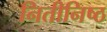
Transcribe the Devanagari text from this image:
नितीनिष्ठ